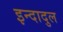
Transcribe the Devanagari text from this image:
इन्दादुल